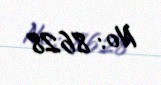
№: 8628